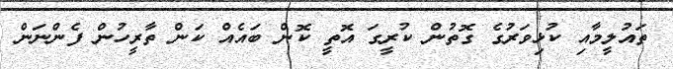
ތައުލީމާއި ކުޅިވަރުގެ ގޮތުން ކުރީގަ އޮތީ ކޮން ބައެއް ކަން ތާރީހުން ފެންނަން